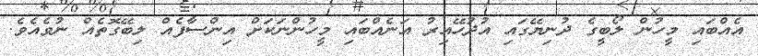
އެއްބައި މީހުން ލޯބީގެ ދުނިޔޭގައި އުދުހޭއިރު އަނެއްބައި މީހުންނަކަށް އިންސާފެއް ލިބޭގޮތެއް ނުވެއެވެ.